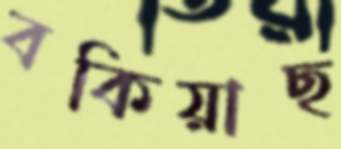
বকিয়াছ